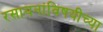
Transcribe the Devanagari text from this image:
रसायनांविषयीच्या